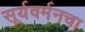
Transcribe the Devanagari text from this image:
सूर्यवर्मनचा